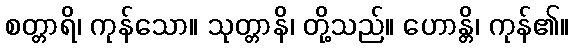
စတ္တာရိ၊ ကုန်သော။ သုတ္တာနိ၊ တို့သည်။ ဟောန္တိ၊ ကုန်၏။